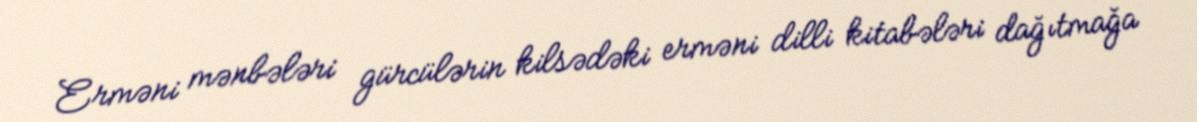
Erməni mənbələri gürcülərin kilsədəki erməni dilli kitabələri dağıtmağa